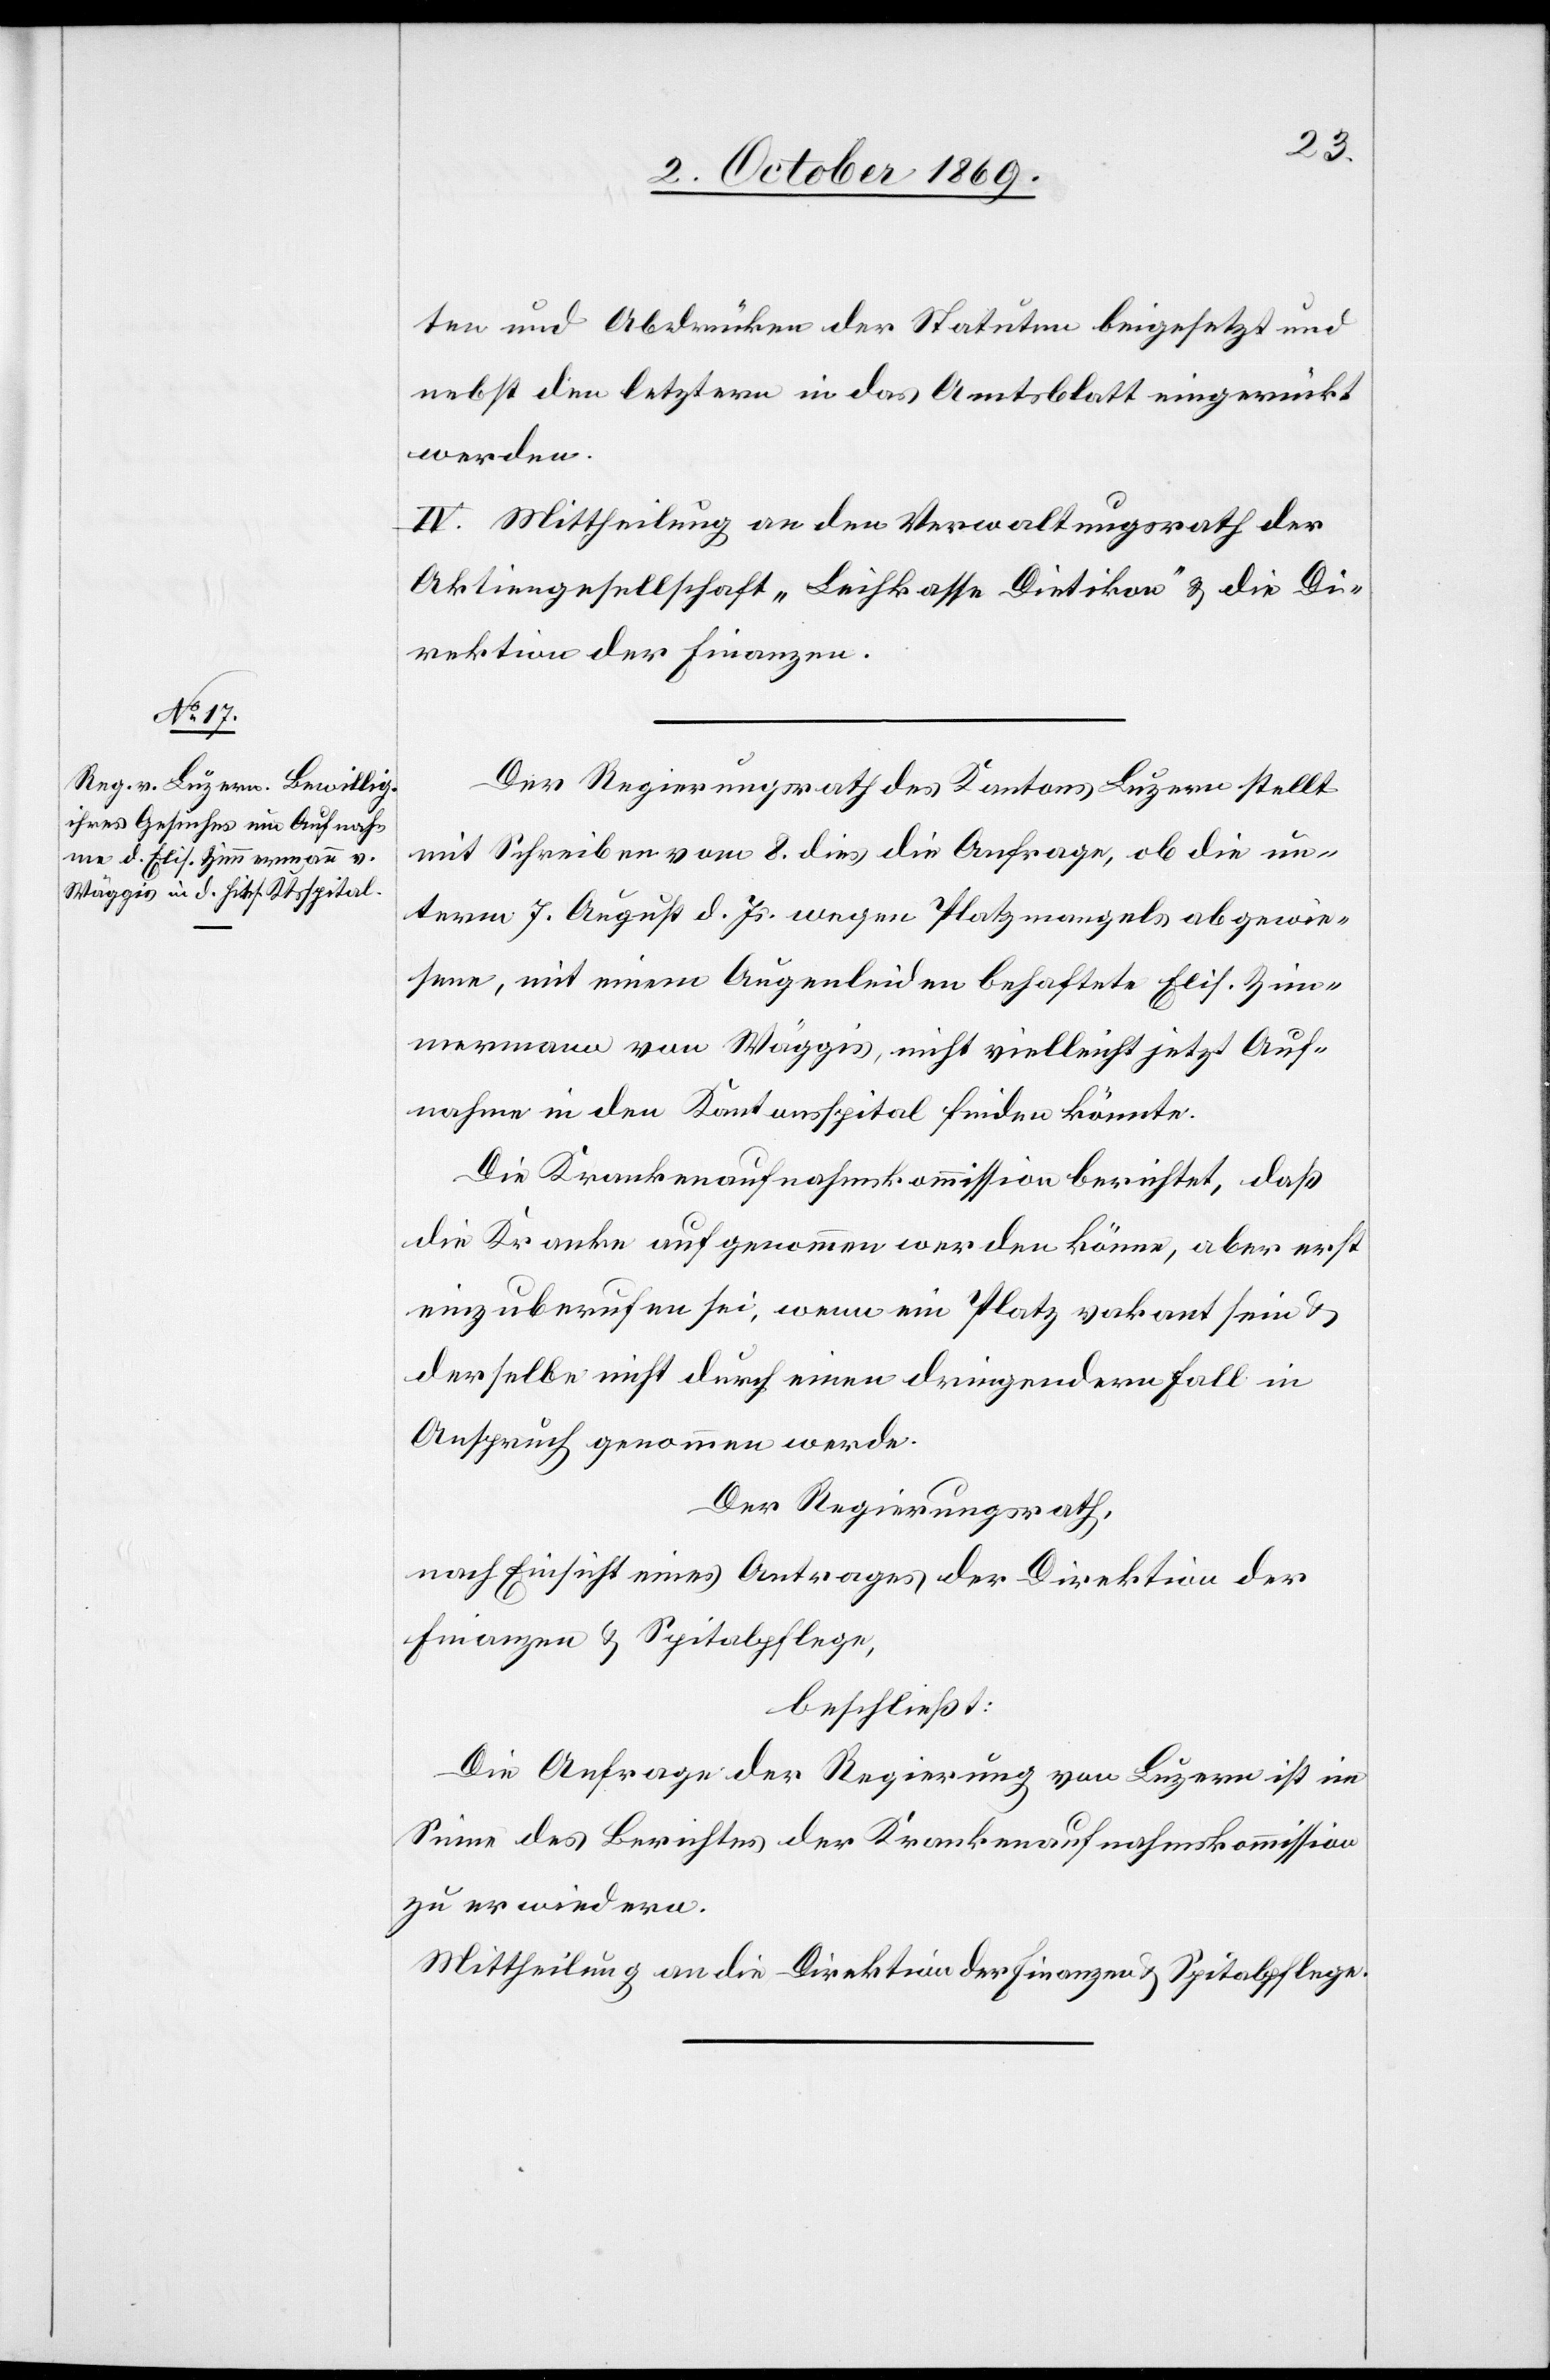
ten und Abdrücken der Statuten beigesetzt und
nebst den letztern in das Amtsblatt eingerückt
werden.
IV. Mittheilung an den Verwaltungsrath der
Aktiengesellschaft „Leihkasse Dietikon“ & die Di¬
rektion der Finanzen.
Der Regierungsrath des Kantons Luzern stellt
mit Schreiben vom 8. dies die Anfrage, ob die un¬
term 7. August d. Js. wegen Platzmangels abgewie¬
sene, mit einem Augenleiden behaftete Elis. Zim¬
mermann von Wäggis, nicht vielleicht jetzt Auf¬
nahme in den Kantonsspital finden könnte.
Die Krankenaufnahmskommission berichtet, daß
die Kranke aufgenommen werden könne, aber erst
einzuberufen sei, wenn ein Platz vakant sein &
derselbe nicht durch einen dringendern Fall in
Anspruch genommen werde.
Der Regierungsrath,
nach Einsicht eines Antrages der Direktion der
Finanzen & Spitalpflege,
beschließt:
Die Anfrage der Regierung von Luzern ist im
Sinne des Berichtes der Krankenaufnahmskommission
zu erwiedern.
Mittheilung an die Direktion der Finanzen & Spitalpflege.